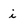
Character: i